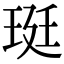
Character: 珽